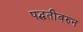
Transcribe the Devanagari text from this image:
पद्धतीवरुन